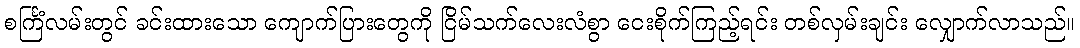
စင်္ကြံလမ်းတွင် ခင်းထားသော ကျောက်ပြားတွေကို ငြိမ်သက်လေးလံစွာ ငေးစိုက်ကြည့်ရင်း တစ်လှမ်းချင်း လျှောက်လာသည်။